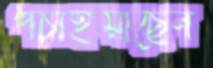
পচাইয়াছেন